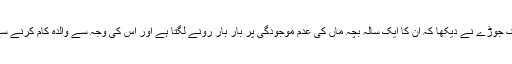
جاپان میں ایک جوڑے نے دیکھا کہ ان کا ایک سالہ بچہ ماں کی عدم موجودگی پر بار بار رونے لگتا ہے اور اس کی وجہ سے والدہ کام کرنے سے عاجز تھی۔